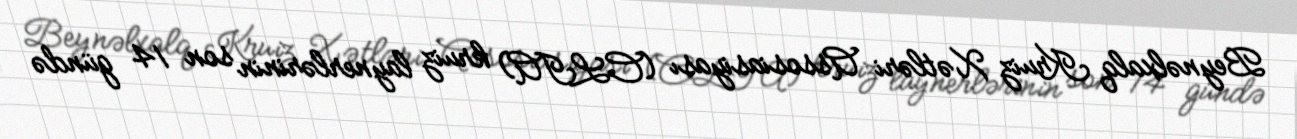
Beynəlxalq Kruiz Xətləri Assosiasiyası (CLIA) kruiz laynerlərinin son 14 gündə